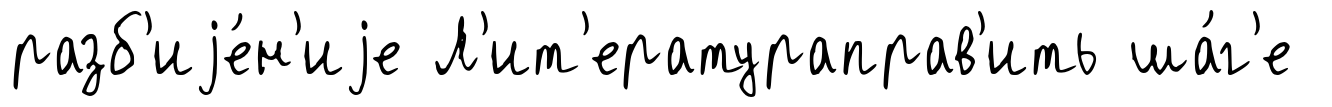
разб'иjе́н'иjе Л'ит'ератураправ'ить ша́г'е